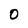
Character: 0